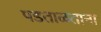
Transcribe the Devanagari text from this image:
पडताळताना